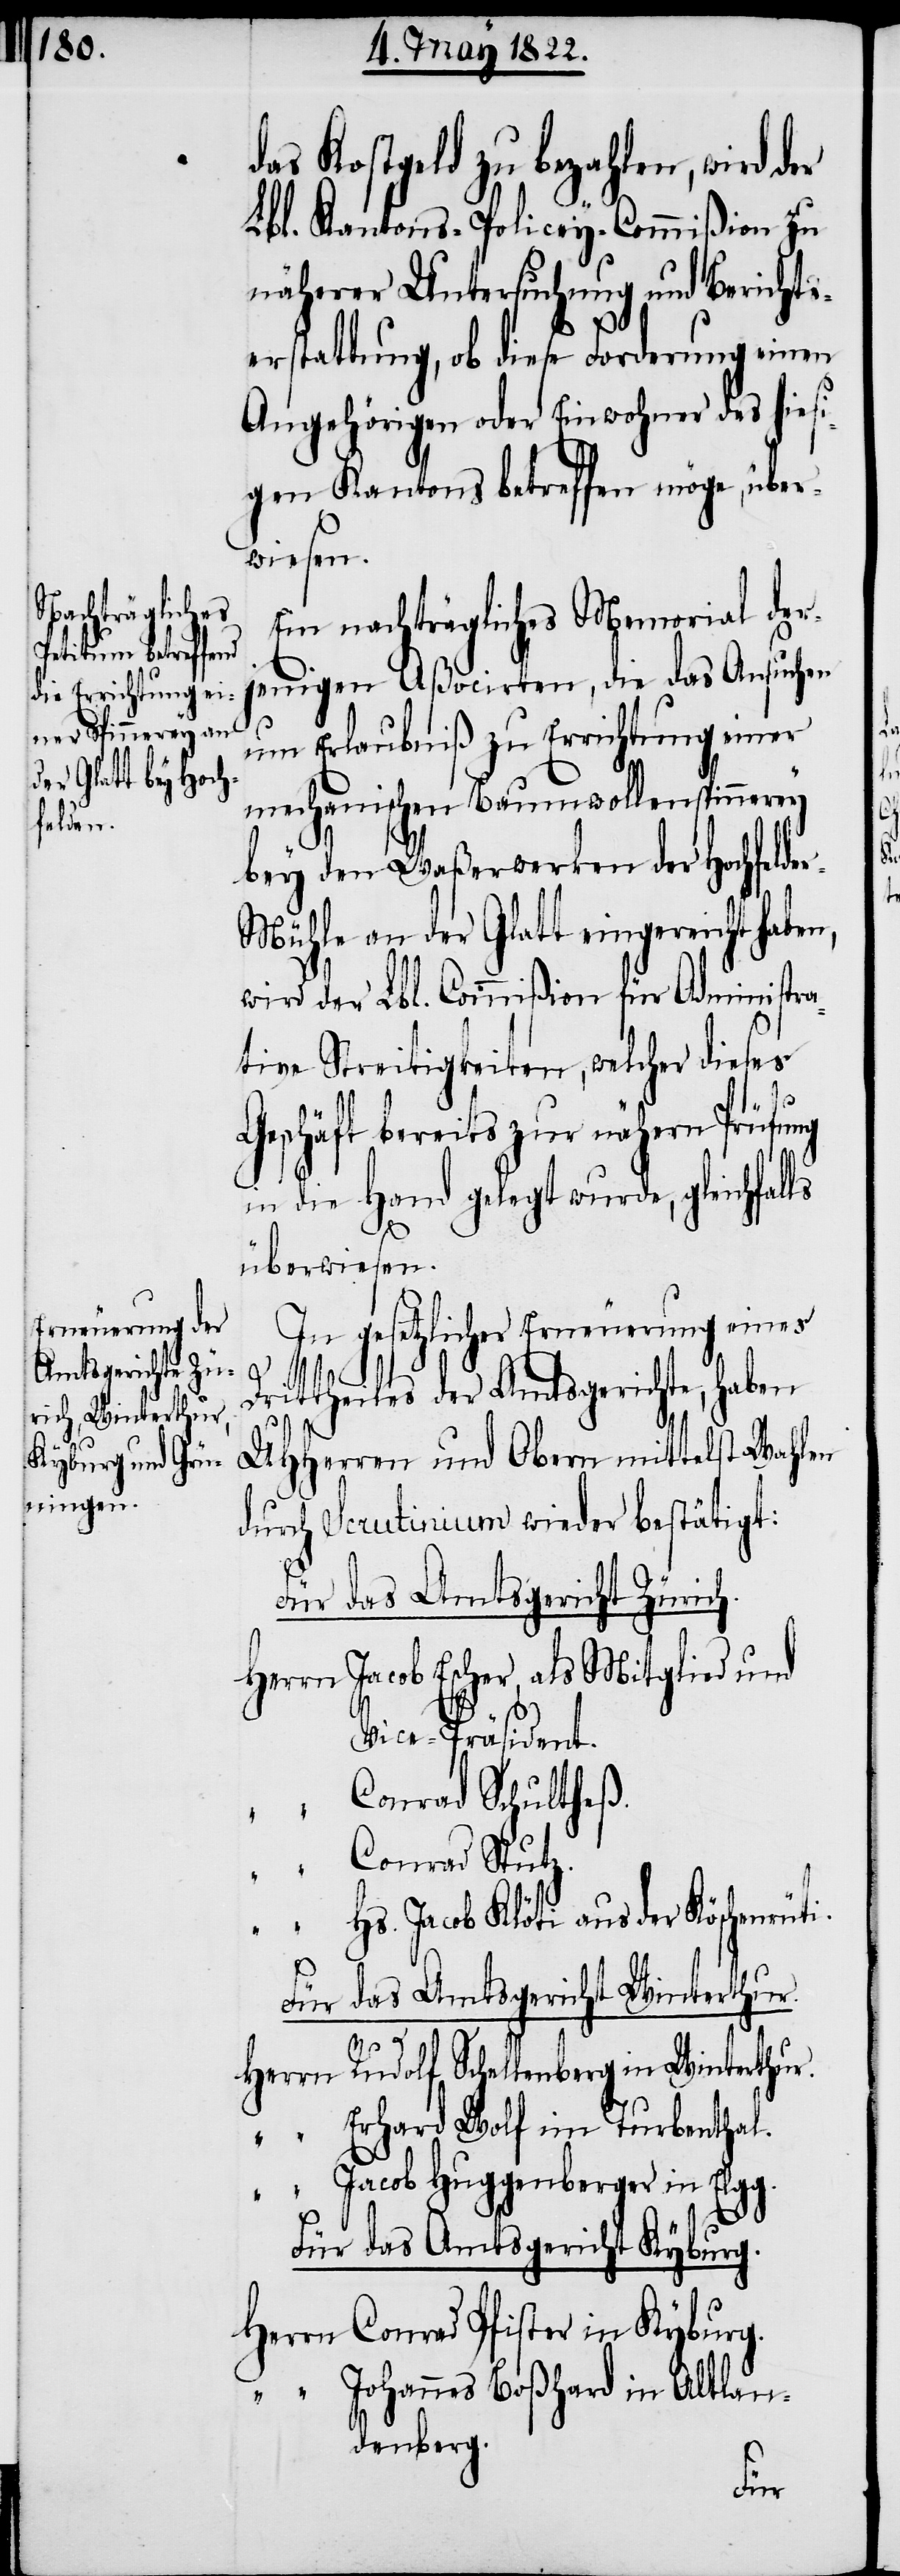
das Kostgeld zu bezahlen, wird der
Lbl. Kantons-Policey-Commißion zu
näherer Untersuchung und Berichts¬
erstattung, ob diese Forderung einen
Angehörigen oder Einwohner des hiesi¬
gen Kantons betreffend möge, über¬
wiesen.
Ein nachträgliches Memorial der¬
jenige Aßocirten, die das Ansuchen
um Erlaubniß zu Errichtung einer
mechanischen Baumwollenspinnerey
bey den Waßerwerken der Hochfelde¬
r-Mühle an der Glatt eingereicht haben,
wird der Lbl. Commißion für Administra¬
tive Streitigkeiten, welcher dieses
“
Geschäft bereits zur nähern Prüfung
in die Hand gelegt wurde, gleichfal¬
ls
überwiesen.
In gesetzlicher Erneuerung eines
Drittheiles der Amtsgerichte, haben
UHHerren und Obern mittelst Wahlen
durch Scrutinium wieder bestätigt:
Für das Amtsgericht Zürich.
Herrn Jacob Escher, als Mitglied und
Vice-Präsident.
Conrad Schultheß.
Conrad Stutz.
“
Hs. Jacob Klöti aus der Köschenrüti.
Für das Amtsgericht Winterthur.
Herrn Rudolf Schellenberg in Winterthur.
“ Erhard Wolf im Turbenthal.
“ Jacob Huggenberger in Elgg.
Für das Amtsgericht Kyburg.
Herrn Conrad Pfister in Kyburg.
“ Johannes Boßhard in Altlan¬
denberg.